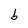
Character: b